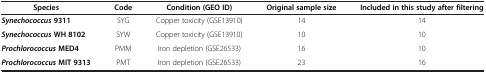
<table><thead><tr><td><b>Species</b></td><td><b>Code</b></td><td><b>Condition (GEO ID)</b></td><td><b>Original sample size</b></td><td><b>Included in this study after filtering</b></td></tr></thead><tbody><tr><td><b><i>Synechococcus</i></b><b>9311</b></td><td>SYG</td><td>Copper toxicity (GSE13910)</td><td>14</td><td>14</td></tr><tr><td><b><i>Synechococcus</i></b><b>WH 8102</b></td><td>SYW</td><td>Copper toxicity (GSE13910)</td><td>10</td><td>10</td></tr><tr><td><b><i>Prochlorococcus</i></b><b>MED4</b></td><td>PMM</td><td>Iron depletion (GSE26533)</td><td>16</td><td>10</td></tr><tr><td><b><i>Prochlorococcus</i></b><b>MIT 9313</b></td><td>PMT</td><td>Iron depletion (GSE26533)</td><td>23</td><td>16</td></tr></tbody></table>